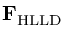
\mathbf { F } _ { \mathrm { H L L D } }